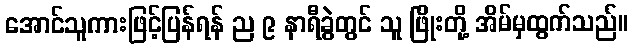
အောင်သူကားဖြင့်ပြန်ရန် ည ၉ နာရီခွဲတွင် သူ ဖြိုးတို့ အိမ်မှထွက်သည်။